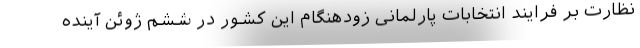
نظارت بر فرایند انتخابات پارلمانی زودهنگام این کشور در ششم ژوئن آینده